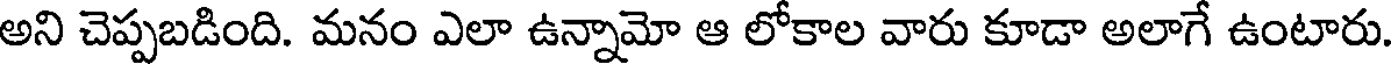
అని చెప్పబడింది. మనం ఎలా ఉన్నామో ఆ లోకాల వారు కూడా అలాగే ఉంటారు